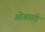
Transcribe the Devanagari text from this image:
ओबासी